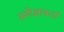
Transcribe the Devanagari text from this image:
समीक्षाकर्ता